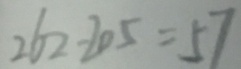
2 6 2 - 2 0 5 = 5 7